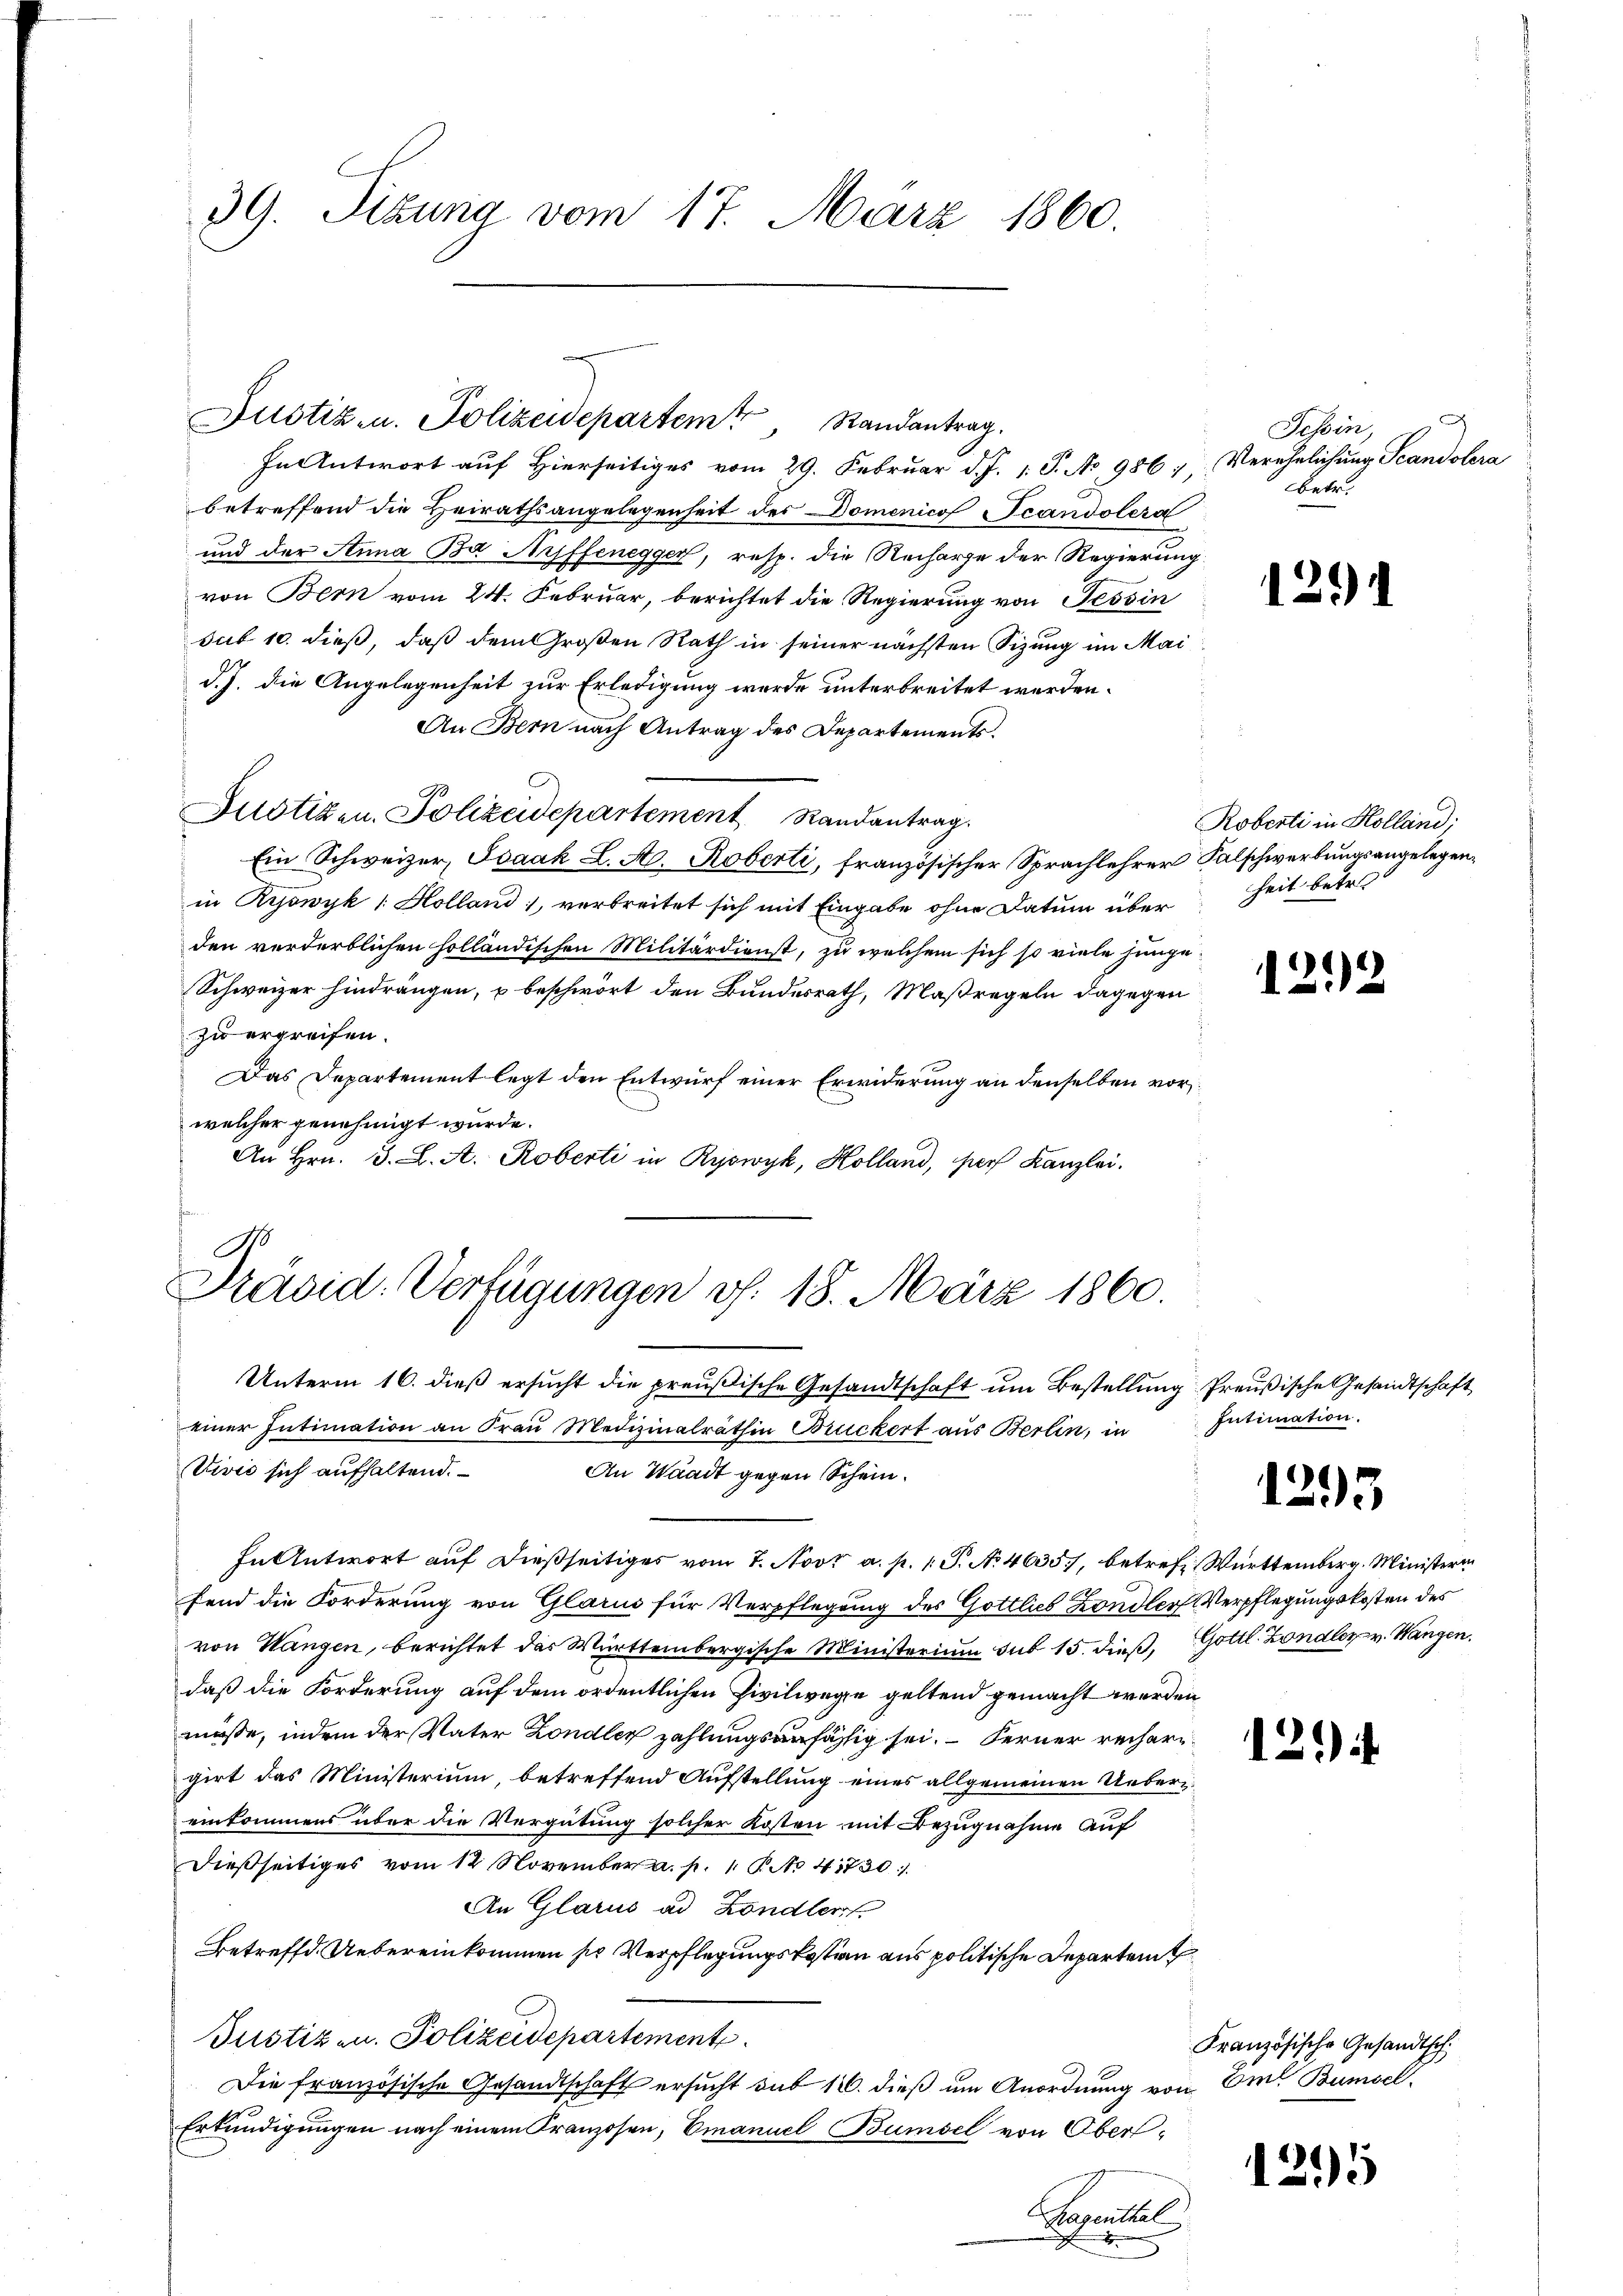
39. Sitzung vom 17. März 1860.

In Antwort auf Hierseitiges vom 29. Februar d. J. 1. P. Nr. 986,
betreffend die Heirathsangelegenheit des Domenico Scandolera
und der Anna Ba Auffenegger, resp. die Recharge der Regierung
von Bern vom 24. Februar, berichtet die Regierung von Tessin
sub 10. dieß, daß dem Großen Rath in seiner nächsten Sizung im Maid. J. die Angelegenheit zur Erledigung wurde unterbreitet werden.
An Bern nach Antrag des Departements.
Justizen. Polizeidepartement Randantrag.
Ein Schweizer, Isaak L. A. Roberti, französischer Sprachlehrer Falschwerbungsangelegenin Ryowyk 1: Holland, verbreitet sich mit Eingabe ohne Datum über
den verderblichen holländischen Militärdienst, zu welchem sich so viele junge-
Schweizer hindrängen, u beschwört den Bundesrath, Maßregeln dagegen
zu ergreifen.
Das Departement legt den Entwurf einer Erwiderung an denselben vorwelcher genehmigt wurde.
An Hrn. J. L. A. Roberti in Ryswyk, Holland, per Kanzlei.
1

H
Justiz- u. Polizeidepartem Randantrag.

Präsid. Verfügungen v. 18. März 1860.
Unterm 16. dieß ersucht die preußische Gesandtschaft um Bestellung Preußische Gesandtschaft

einer Intimation an Frau Medizinalräthin Bruckert aus Berlin, in Intimation.
Vivić sich aufhaltend.
An Waadt gegen Schein.
In Antwort auf dießseitiges vom 7. Novt a. p. 1. P. No 4635), betreff Württemberg. Ministerin
fend die Forderung von Glarus für Verpflegung des Gottlieb Zondler Verpflegungskosten des
von Wangen, berichtet das Württembergische Ministerium sub 15. dieß, Gottl. Landler v. Wangen.
daß die Forderung auf dem ordentlichen Civilwege geltend gemacht werden
müße, indem der Vater Londlich zahlungsanfässig sei. – Ferner rechergirt das Ministerium, betreffend Aufstellung eines allgemeinen Ueberieinkommens über die Vergütung solcher Kosten mit Bezugnahme auf
dießseitiges vom 12 November a. p. 1. P. Nr. 41730).
An Glarus ad Zöndler
Betreffd. Uebereinkommen sie Verpflegungskosten aus politische Departeit
Justiz- u. Polizeidepartement
Die französische Gesandtschaft ersucht sub 16. dieß um Anordnung von Om. Bumsel
Erkundigungen nach einem Kranzosen, Emanuel Bumsel von Ober¬
Papenittel
.

Tessin,
Verehelichung Scandolera
betr.

Roberti in Holland;
heit betr.

1292

1291

1295

129

Französische Gesandtsch

1295